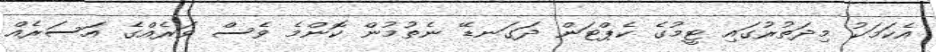
އެކަމަކު މިދަތުރުގައި ޓީމުގެ ކެޕްޓަން ދަގަނޑޭ ނެތުމުން ކޮންމެ ވެސް ވަރެއްގެ އަސަރެއް